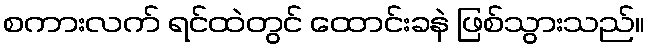
စကားလက် ရင်ထဲတွင် ထောင်းခနဲ ဖြစ်သွားသည်။